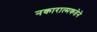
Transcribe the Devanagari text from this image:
नकारात्मकतेने